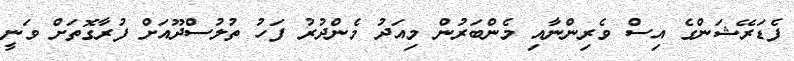
ފެޑަރޭޝަންގެ އިސް ވެރިންނާއި މެންބަރުން މިއަދު މެންދުރު ފަހު ތުލުސްދޫއަށް ފުރާގޮތަށް ވަނީ